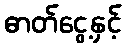
ဓာတ်ငွေ့နှင့်